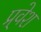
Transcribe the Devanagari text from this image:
प्र्वेश